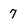
Character: 7